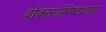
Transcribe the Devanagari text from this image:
वोक्सगेरिष्टशोफ़